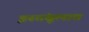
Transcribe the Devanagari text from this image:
इस्तंबूलात